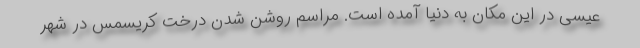
عیسی در این مکان به دنیا آمده است. مراسم روشن شدن درخت کریسمس در شهر